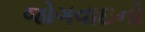
જોગવાઇનો